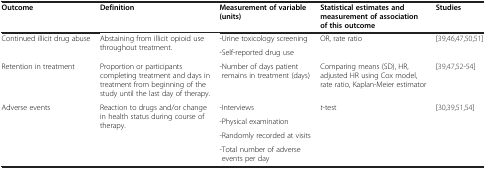
| Outcome | Definition | Measurement of variable (units) | Statistical estimates and measurement of association of this outcome | Studies |
 | --- | --- | --- | --- | --- |
 | <ROWSPAN=2> Continued illicit drug abuse | <ROWSPAN=2> Abstaining from illicit opioid use throughout treatment. | -Urine toxicology screening | OR, rate ratio | <ROWSPAN=2> [39,46,47,50,51] |
 | -Self-reported drug use |  |
 | Retention in treatment | Proportion or participants completing treatment and days in treatment from beginning of the study until the last day of therapy. | -Number of days patient remains in treatment (days) | Comparing means (SD), HR, adjusted HR using Cox model, rate ratio, Kaplan-Meier estimator | [39,47,52-54] |
 | <ROWSPAN=4> Adverse events | <ROWSPAN=4> Reaction to drugs and/or change in health status during course of therapy. | -Interviews | <ROWSPAN=4> t-test | <ROWSPAN=4> [30,39,51,54] |
 | -Physical examination |
 | -Randomly recorded at visits |
 | -Total number of adverse events per day |